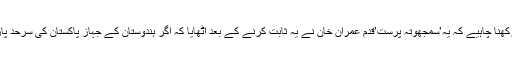
حب الوطنی کے نشے میں بھی ہمیں اس حقیقت کو یاد رکھنا چاہیے کہ یہ’سمجھوتہ پرست’قدم عمران خان نے یہ ثابت کرنے کے بعد اٹھایا کہ اگر ہندوستان کے جہاز پاکستان کی سرحد پار کر سکتے ہیں تو پاکستان بھی پلٹ‌کر یہ کر سکتا ہے۔